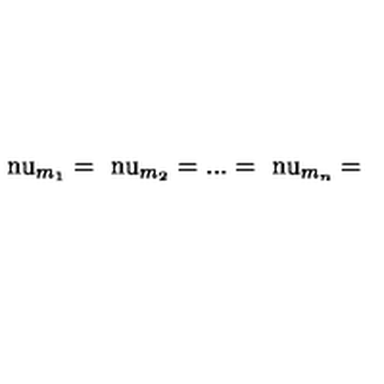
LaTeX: \mathrm { \ n u } _ { m _ { 1 } } = \mathrm { \ n u } _ { m _ { 2 } } = . . . = \mathrm { \ n u } _ { m _ { n } } =